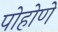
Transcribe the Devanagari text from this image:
पोहोणे